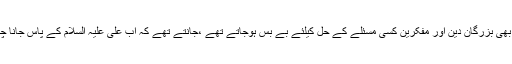
”جب بھی بزرگانِ دین اور مفکرین کسی مسئلے کے حل کیلئے بے بس ہوجاتے تھے ،جانتے تھے کہ اب علی علیہ السلام کے پاس جانا چاہئے۔